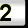
Digit: 2